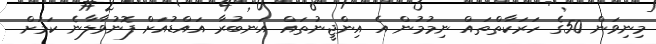
މިނިވަން 50ގެ ހަރަކާތްތައް ނިމުމުން އެ އިންޖީނުތައް އަނބުރާ އައްޑުއަށް ފޮނުވާލާނެ ކަަމަށް